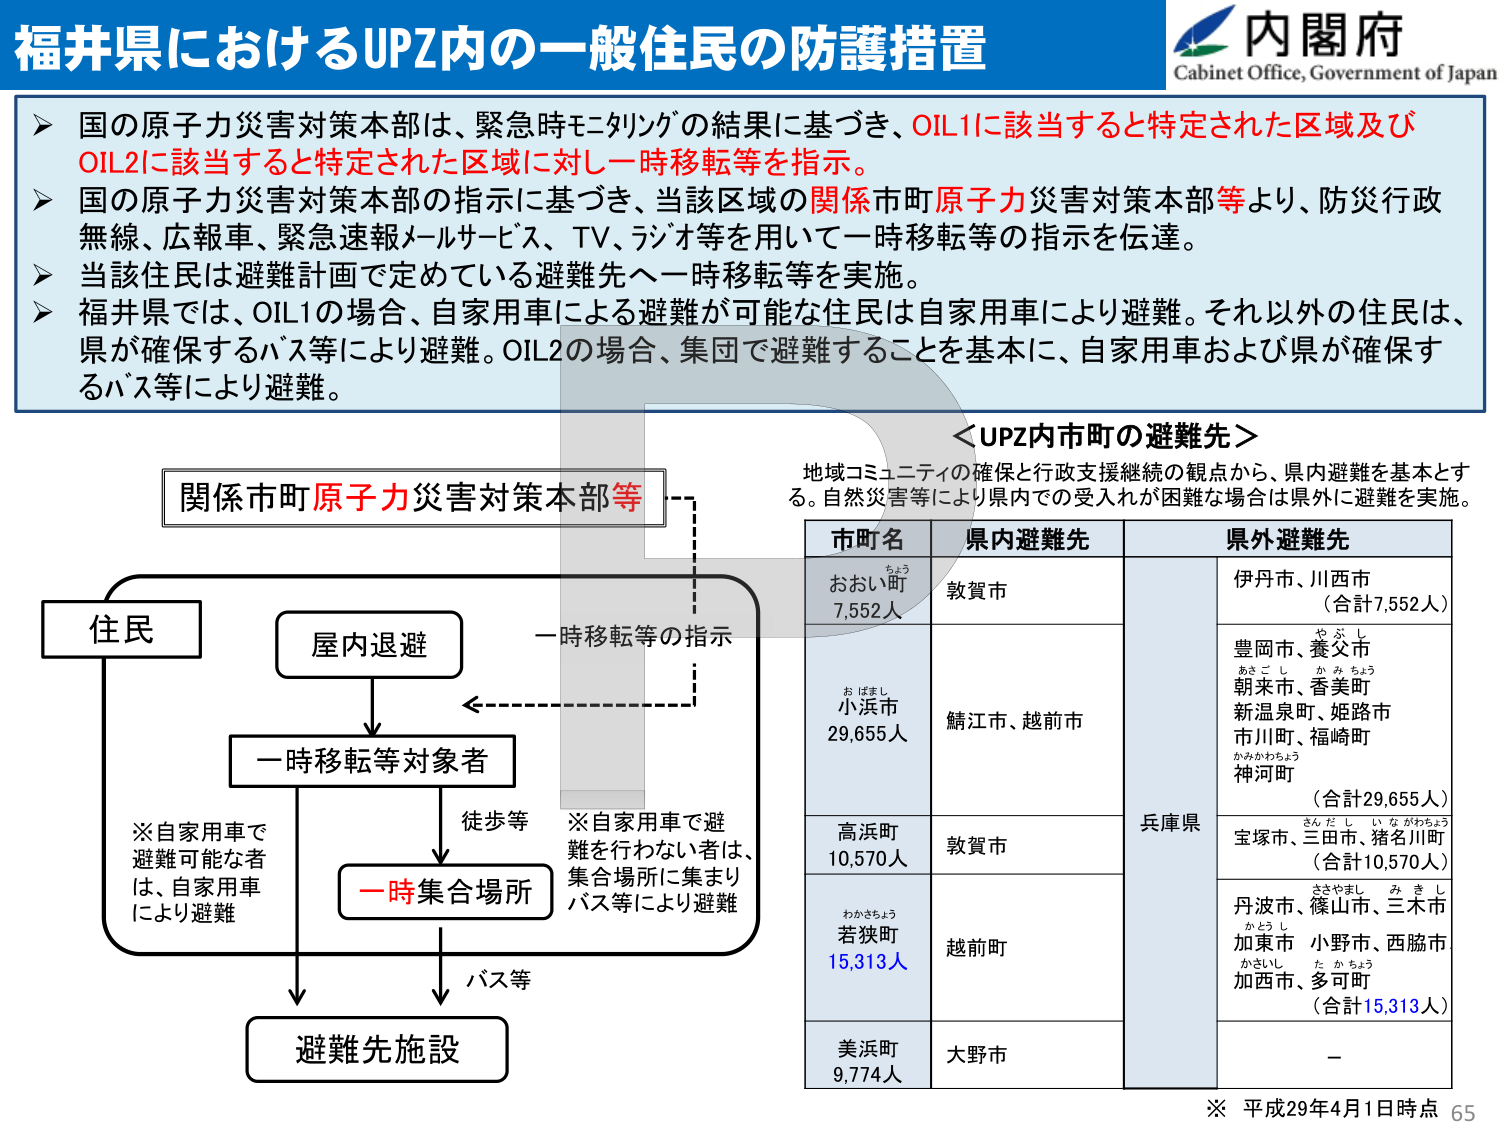
福井県におけるUPZ内の一一般住民の防護措置

内閣府
Cabinet Office, Government of Japan

▶ 国の原子力災害対策本部は、緊急時モニタリングの結果に基づき、OIL1に該当すると特定された区域及びOIL2に該当すると特定された区域に対し一時移転等を指示。
▶ 国の原子力災害対策本部の指示に基づき、当該区域の関係市町原子力災害対策本部等より、防災行政無線、広報車、緊急速報メールサービス、TV、ラジオ等を用いて一時移転等の指示を伝達。
▶ 当該住民は避難計画で定めている避難先へ一時移転等を実施。
▶ 福井県では、OIL1の場合、自家用車による避難が可能な住民は自家用車により避難。それ以外の住民は、県が確保するバス等により避難。OIL2の場合、集団で避難することを基本に、自家用車および県が確保するバス等により避難。

＜UPZ内市町の避難先＞
地域コミュニティの確保と行政支援継続の観点から、県内避難を基本とする。自然災害等により県内での受入れが困難な場合は県外に避難を実施。

関係市町原子力災害対策本部等

住民
屋内退避
一時移転等の指示
一時移転等対象者
※自家用車で避難可能な者は、自家用車により避難
徒歩等
一時集合場所
※自家用車で避難を行わない者は、集合場所に集まりバス等により避難
バス等
避難先施設

市町名 県内避難先 県外避難先
おおい町 7,552人 敦賀市 伊丹市、川西市 （合計7,552人）
小浜市 29,655人 鯖江市、越前市 兵庫県 豊岡市、養父市 朝来市、香美町 新温泉町、姫路市 市川町、福崎町 神河町 （合計29,655人）
高浜町 10,570人 敦賀市 宝塚市、三田市、猪名川町 （合計10,570人）
若狭町 15,313人 越前町 丹波市、篠山市、三木市 加東市 小野市、西脇市 加西市、多可町 （合計15,313人）
美浜町 9,774人 大野市 －

※ 平成29年4月1日時点 65